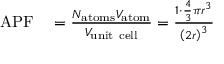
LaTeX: \begin{array} { r l } { \mathrm { A P F } } & { { } = { \frac { N _ { \mathrm { a t o m s } } V _ { \mathrm { a t o m } } } { V _ { \mathrm { u n i t ~ c e l l } } } } = { \frac { 1 \cdot { \frac { 4 } { 3 } } \pi r ^ { 3 } } { \left( 2 r \right) ^ { 3 } } } } \end{array}